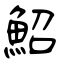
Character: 鮉